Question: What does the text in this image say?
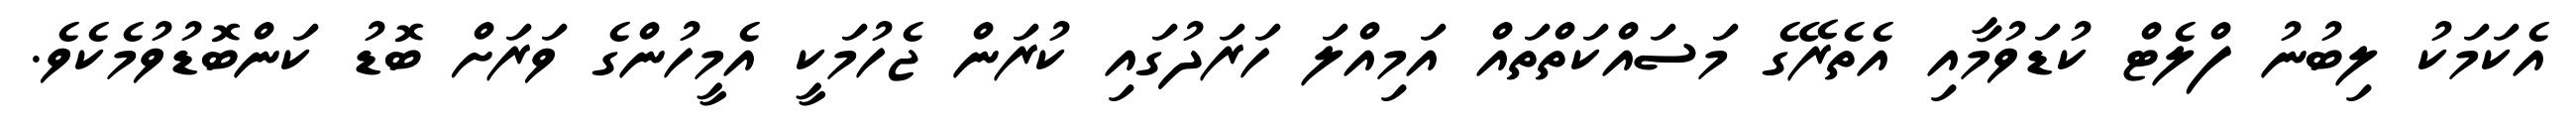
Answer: އެކަމަކު ލިބުނު ފްލެޓް ކުޑަވުމާއި އެތެރޭގެ މަސައްކަތްތައް އަމިއްލަ ހަރަދުގައި ކުރަން ޖެހުމަކީ އެމީހުންގެ ވަރަށް ބޮޑު ކަންބޮޑުވުމެކެވެ.